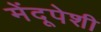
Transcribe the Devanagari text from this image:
मेंदूपेशी